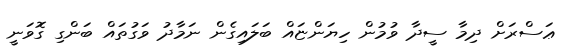
ޢަސްރަށް ދިމާ ސީދާ ވުމުން ހިޔަންޏައް ބަލައިގެން ނަމާދު ވަގުތައް ބަންގި ގޮވަނީ